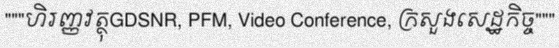
"""ហិរញ្ញវត្ថុGDSNR, PFM, Video Conference, ក្រសួងសេដ្ឋកិច្ច"""